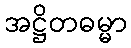
အဋ္ဌိတဓမ္မာ